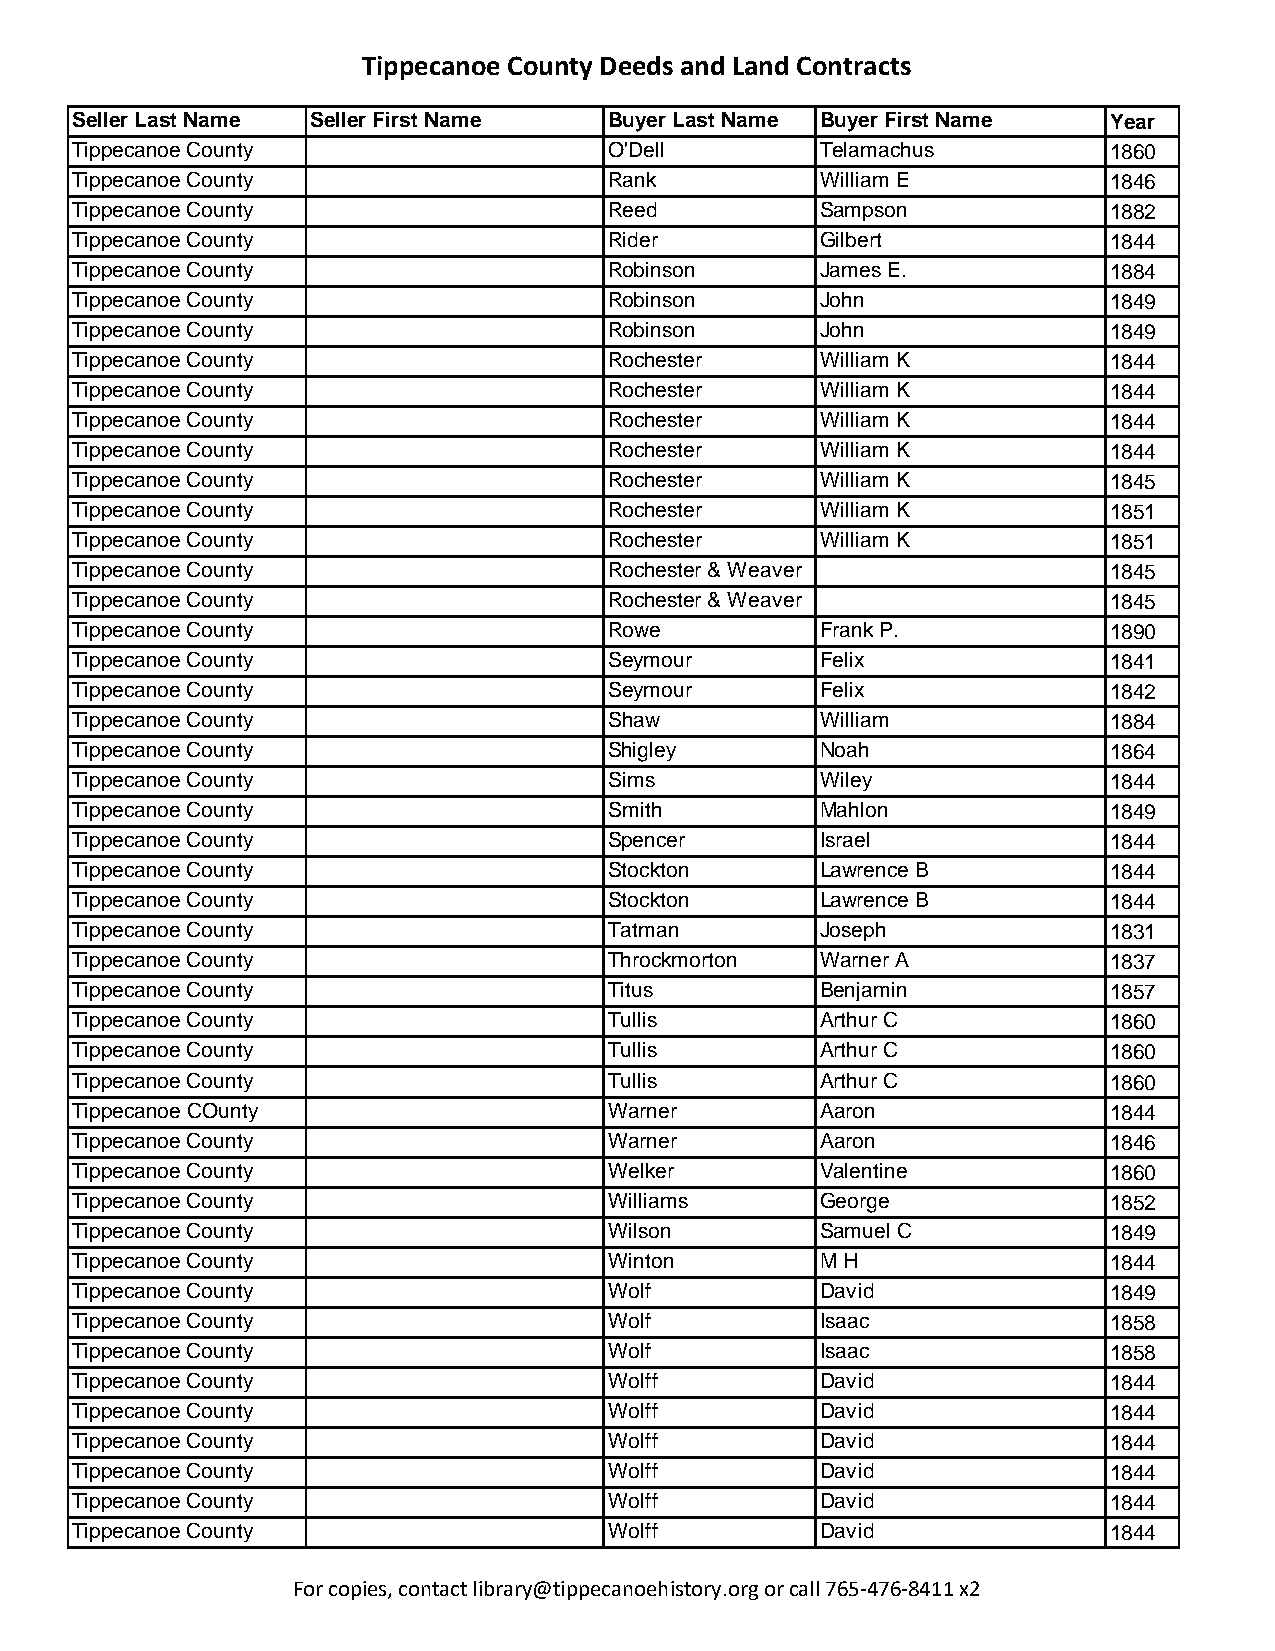
Tippecanoe County Deeds and Land Contracts
 Seller Last Name Seller First Name Buyer Last Name Buyer First Name Year
 Tippecanoe County                  O'Dell        Telamachus         1860
 Tippecanoe County                  Rank          William E          1846
 Tippecanoe County                  Reed          Sampson            1882
 Tippecanoe County                  Rider         Gilbert            1844
 Tippecanoe County                  Robinson      James E.           1884
 Tippecanoe County                  Robinson      John               1849
 Tippecanoe County                  Robinson      John               1849
 Tippecanoe County                  Rochester     William K          1844
 Tippecanoe County                  Rochester     William K          1844
 Tippecanoe County                  Rochester     William K          1844
 Tippecanoe County                  Rochester     William K          1844
 Tippecanoe County                  Rochester     William K          1845
 Tippecanoe County                  Rochester     William K          1851
 Tippecanoe County                  Rochester     William K          1851
 Tippecanoe County                  Rochester & Weaver               1845
 Tippecanoe County                  Rochester & Weaver               1845
 Tippecanoe County                  Rowe          Frank P.           1890
 Tippecanoe County                  Seymour       Felix              1841
 Tippecanoe County                  Seymour       Felix              1842
 Tippecanoe County                  Shaw          William            1884
 Tippecanoe County                  Shigley       Noah               1864
 Tippecanoe County                  Sims          Wiley              1844
 Tippecanoe County                  Smith         Mahlon             1849
 Tippecanoe County                  Spencer       Israel             1844
 Tippecanoe County                  Stockton      Lawrence B         1844
 Tippecanoe County                  Stockton      Lawrence B         1844
 Tippecanoe County                  Tatman        Joseph             1831
 Tippecanoe County                  Throckmorton  Warner A           1837
 Tippecanoe County                  Titus         Benjamin           1857
 Tippecanoe County                  Tullis        Arthur C           1860
 Tippecanoe County                  Tullis        Arthur C           1860
 Tippecanoe County                  Tullis        Arthur C           1860
 Tippecanoe COunty                  Warner        Aaron              1844
 Tippecanoe County                  Warner        Aaron              1846
 Tippecanoe County                  Welker        Valentine          1860
 Tippecanoe County                  Williams      George             1852
 Tippecanoe County                  Wilson        Samuel C           1849
 Tippecanoe County                  Winton        M H                1844
 Tippecanoe County                  Wolf          David              1849
 Tippecanoe County                  Wolf          Isaac              1858
 Tippecanoe County                  Wolf          Isaac              1858
 Tippecanoe County                  Wolff         David              1844
 Tippecanoe County                  Wolff         David              1844
 Tippecanoe County                  Wolff         David              1844
 Tippecanoe County                  Wolff         David              1844
 Tippecanoe County                  Wolff         David              1844
 Tippecanoe County                  Wolff         David              1844
 For copies, contact library@tippecanoehistory.org or call 765-476-8411 x2